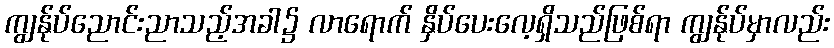
ကျွန်ုပ်ညောင်းညာသည့်အခါ၌ လာရောက် နှိပ်ပေးလေ့ရှိသည်ဖြစ်ရာ ကျွန်ုပ်မှာလည်း